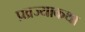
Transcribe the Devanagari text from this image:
प्रव्रज्याकथा